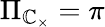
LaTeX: \Pi_{\mathbb{C}_{\times}}=\pi